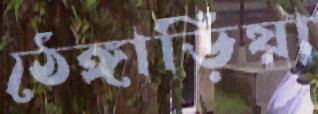
ঠেঙ্গাড়িয়া